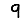
Digit: 9